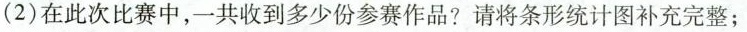
(2)在此次比赛中，一共收到多少份参赛作品?请将条形统计图补充完整；